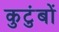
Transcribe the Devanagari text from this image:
कुटुंबों